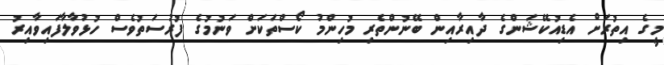
މީގެ އިތުރަށް އެޑިއުކޭޝަންގެ ދާއިރާއިން ބޭނުންތެރި މުހިންމު ކޯސްތަކަށް ވަނުމުގެ ފުރުސަތުވެސް ހުޅުވާލާފައިވާއިރު